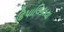
દિપાલિકાયા